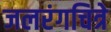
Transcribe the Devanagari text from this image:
जलरंगचित्रे